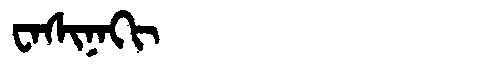
Manchu: ᠸᠠᠰᡳᠨᠠᡴᡳ
Romanization: WASINAKI